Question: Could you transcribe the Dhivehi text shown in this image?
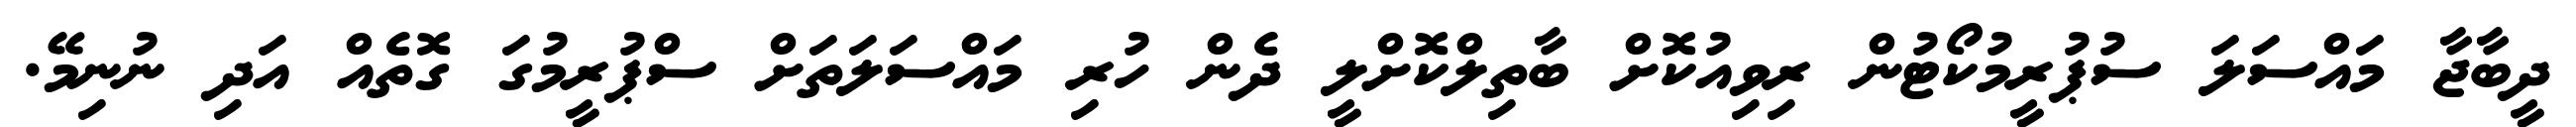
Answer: ދީބާޖާ މައްސަލަ ސުޕުރީމުކޯޓުން ރިވިއުކޮށް ބާތިލްކޮށްލީ ދެން ހުރި މައްސަލަތަށް ސްޕުރީމުގަ ގޮތެއް އަދި ނުނިމޭ.